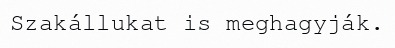
Szakállukat is meghagyják.